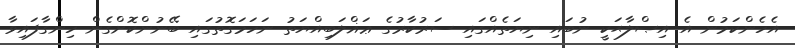
އެހެންކަމުން އެ އިޞްލާޙަކީ ނުބައި ނިޔަތެއްގައި ސަރުކާރުގެ ޢަޣްލަބިއްޔަތު ނަހަމަގޮތުގައި ބޭނުންކޮށްގެން ހިންގާފައިވާ